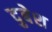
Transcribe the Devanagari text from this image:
दुबेश